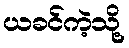
ယခင်ကဲ့သို့